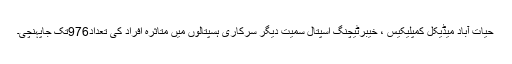
حیات آباد میڈیکل کمپلیکیس ، خیبرٹیچنگ اسپتال سمیت دیگر سرکاری ہسپتالوں میں متاثرہ افراد کی تعداد976تک جاپہنچی۔